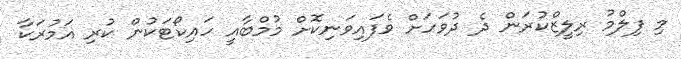
މި ފިލްމު ރިލީޒްކުރަން ދެ ދުވަހަށް ވެފައިވަނިކޮށް މުމްބާއީ ހައިކޯޓަކުން ކުރި އަމުރަކާ